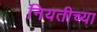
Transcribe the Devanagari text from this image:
नियतीच्या